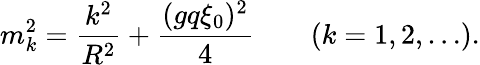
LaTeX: m_{k}^{2}={\frac{k^{2}}{R^{2}}}+{\frac{(gq\xi_{0})^{2}}{4}}\qquad(k=1,2,\ldots).